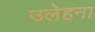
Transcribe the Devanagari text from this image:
उलेहना